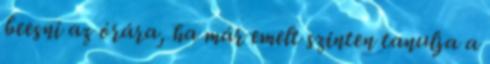
beesni az órára, ha már emelt szinten tanulja a